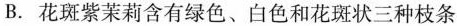
B.花斑紫茉莉含有绿色、白色和花斑状三种枝条